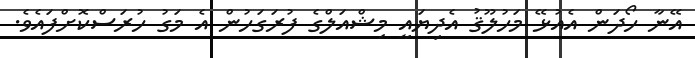
އޭނާ ހޯދަން އެއުޅޭ މަހުލޫޤު އެދިޔައީ މިޝްއަލްގެ ފުރަގަހުން އެ މަގު ހުރަސްކޮށްފައެވެ.